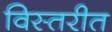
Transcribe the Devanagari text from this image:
विस्तरीत